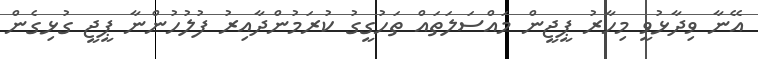
އޭނާ ވިދާޅުވީ މިހާރު ޕީޖީން މައްސަލަތައް ތަހުގީގު ކުރަމުންދާއިރު ފުލުހުންނާ ޕީޖީ ގުޅިގެން